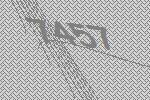
7457